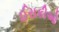
ઈરાકીઓ